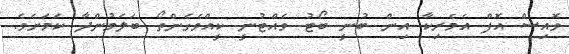
ވޮއިސް އޮފް އެެމެރިކާ އިން ބުނީ ބޯޓު ވެއްޓުނީ ކީއްވެގެންތޯ ބަލަމުންދާ ކަމަށެވެ.